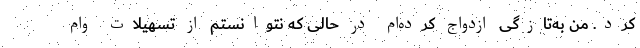
کرد. من به‌تازگی ازدواج کرده‌ام در حالی که نتوانستم از تسهیلات وام